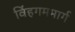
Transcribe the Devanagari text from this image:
विंहगममार्ग